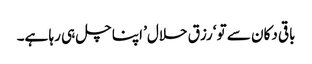
باقی دکان سے تو ‘رزق حلال’ اپنا چل ہی رہا ہے۔